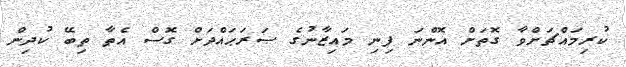
ކުރިމައްޗަށްވާ ގޮތަށް އޮންނަ ފިނި މައިޒާނުގެ ޞަރަޙައްދަށް ގޮސް އެތާ ތިބޭ ކުދިން